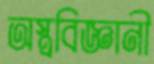
অস্ত্রবিজ্ঞানী